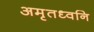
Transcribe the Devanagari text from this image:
अमृतध्वनि